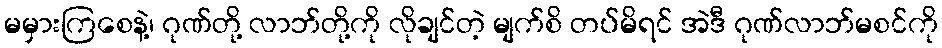
မမှားကြစေနဲ့၊ ဂုဏ်တို့ လာဘ်တို့ကို လိုချင်တဲ့ မျက်စိ တပ်မိရင် အဲဒီ ဂုဏ်လာဘ်မစင်ကို